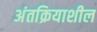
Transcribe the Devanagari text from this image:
अंतक्रियाशील